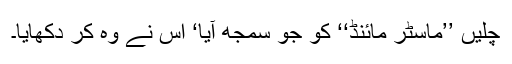
چلیں ’’ماسٹر مائنڈ‘‘ کو جو سمجھ آیا‘ اس نے وہ کر دکھایا۔